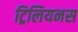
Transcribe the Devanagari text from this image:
ट्रिलियनस